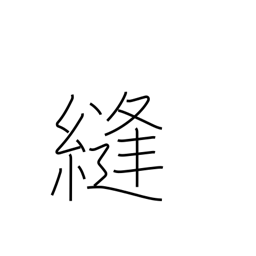
Meaning: sew